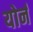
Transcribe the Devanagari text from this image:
योर्न